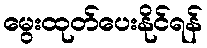
မွေးထုတ်ပေးနိုင်ရန်